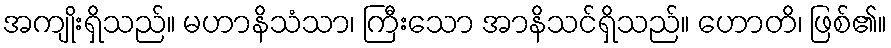
အကျိုးရှိသည်။ မဟာနိသံသာ၊ ကြီးသော အာနိသင်ရှိသည်။ ဟောတိ၊ ဖြစ်၏။